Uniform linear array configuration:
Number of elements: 4
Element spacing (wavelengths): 0.5
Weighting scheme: hamming
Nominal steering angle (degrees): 0
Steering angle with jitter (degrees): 1.986
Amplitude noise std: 0.05
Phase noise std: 0.05

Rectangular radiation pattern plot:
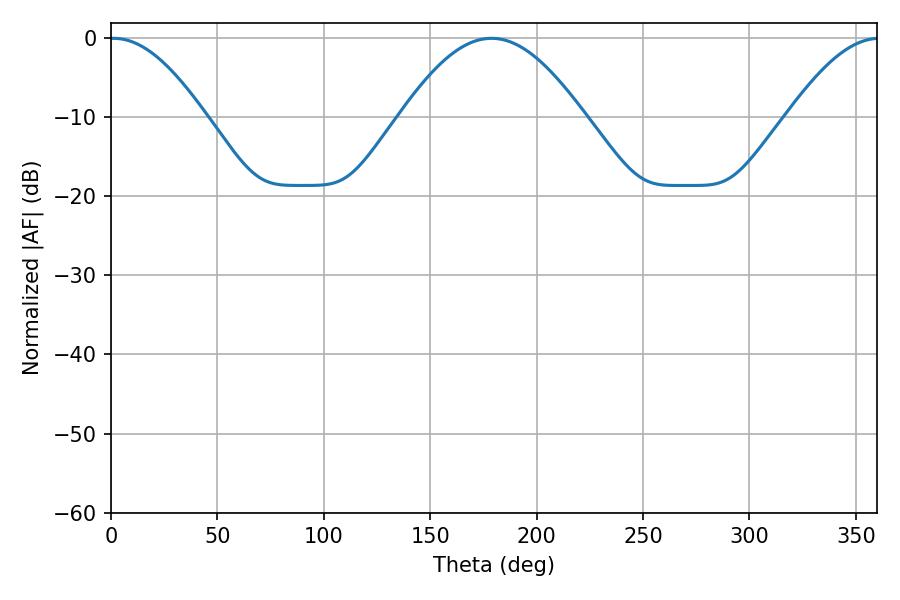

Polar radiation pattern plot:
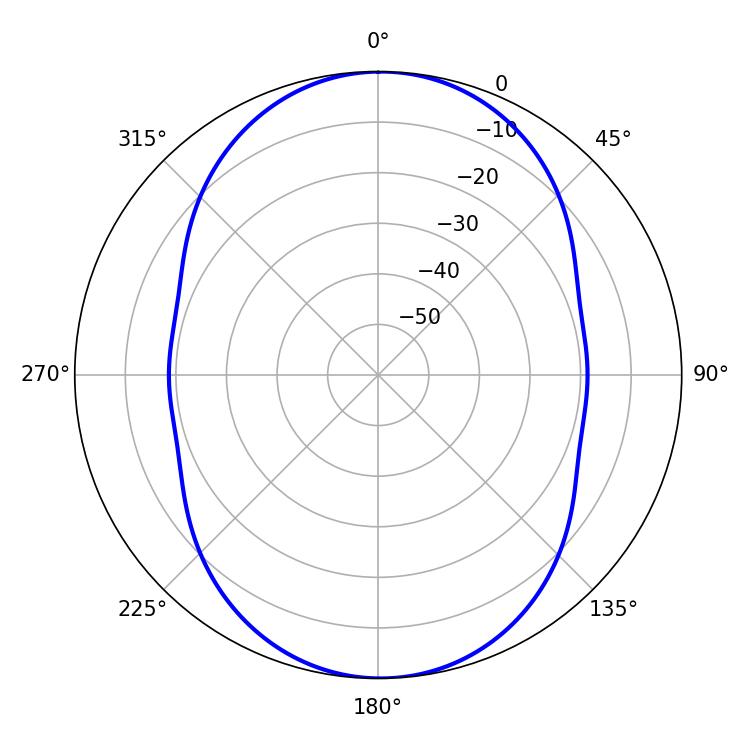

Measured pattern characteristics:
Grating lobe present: FALSE
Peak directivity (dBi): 18.461
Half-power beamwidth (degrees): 24.3
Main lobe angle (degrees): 1.26